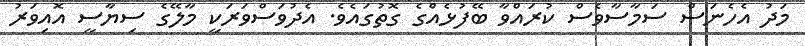
މަދު އެހެނަސް ސަމާސާވެސް ކުރައްވާ ބޭފުޅެއްގެ ގޮތުގައެވެ. އެދުވަސްވަރަކީ މާލޭގެ ސިޔާސީ އޮއިވަރު